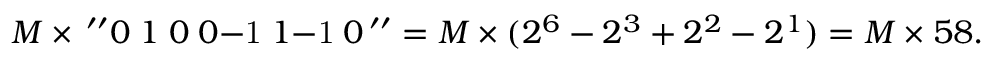
M \times \, ^ { \prime \prime } 0 \; 1 \; 0 \; 0 { \mathrm { - 1 } } \; 1 { \mathrm { - 1 } } \; 0 \, ^ { \prime \prime } = M \times ( 2 ^ { 6 } - 2 ^ { 3 } + 2 ^ { 2 } - 2 ^ { 1 } ) = M \times 5 8 .